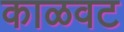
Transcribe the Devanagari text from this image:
काळवट